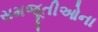
સમજૂતીઓના